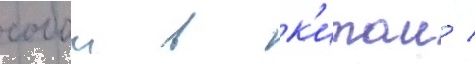
собои в к'итаи /